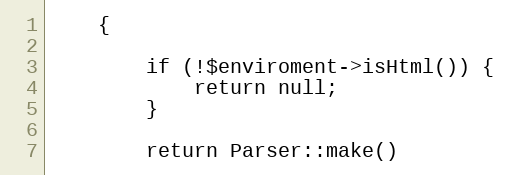
Language: PHP
    {

        if (!$enviroment->isHtml()) {
            return null;
        }

        return Parser::make()